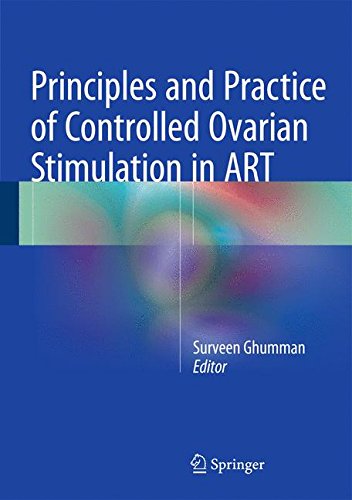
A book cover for Principles and Practice of Controlled Ovarian Stimulation in ART; Parenting & Relationships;